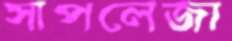
সাপলেজা